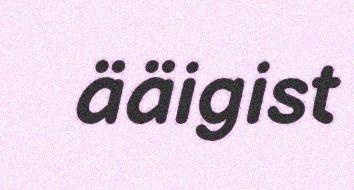
ääigist